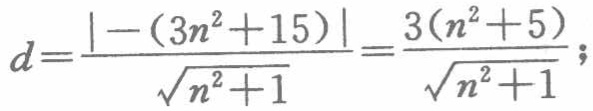
\[

d = \frac{\vert-(3n^{2}+15)\vert}{\sqrt{n^{2}+1}}=\frac{3(n^{2}+5)}{\sqrt{n^{2}+1}};

\]